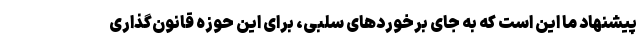
پيشنهاد ما اين است كه به جای برخوردهای سلبی، برای اين حوزه قانون‌گذاری